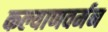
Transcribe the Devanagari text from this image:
कल्याणवर्मन